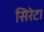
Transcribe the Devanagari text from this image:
सिरेटा